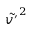
\tilde { v ^ { \prime } } ^ { 2 }